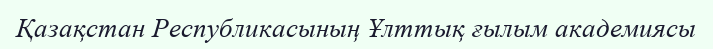
Қазақстан Республикасының Ұлттық ғылым академиясы